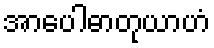
အာပေါဓာတုယာဟံ